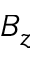
B _ { z }